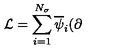
\mathcal { L } = \sum _ { i = 1 } ^ { N _ { \sigma } } \overline { { \psi } } _ { i } ( \partial \! \! \!